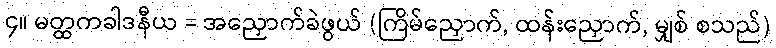
၄။ မတ္ထကခါဒနီယ = အညှောက်ခဲဖွယ် (ကြိမ်ညှောက်, ထန်းညှောက်, မျှစ် စသည်)